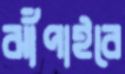
ঝাঁপাইবে